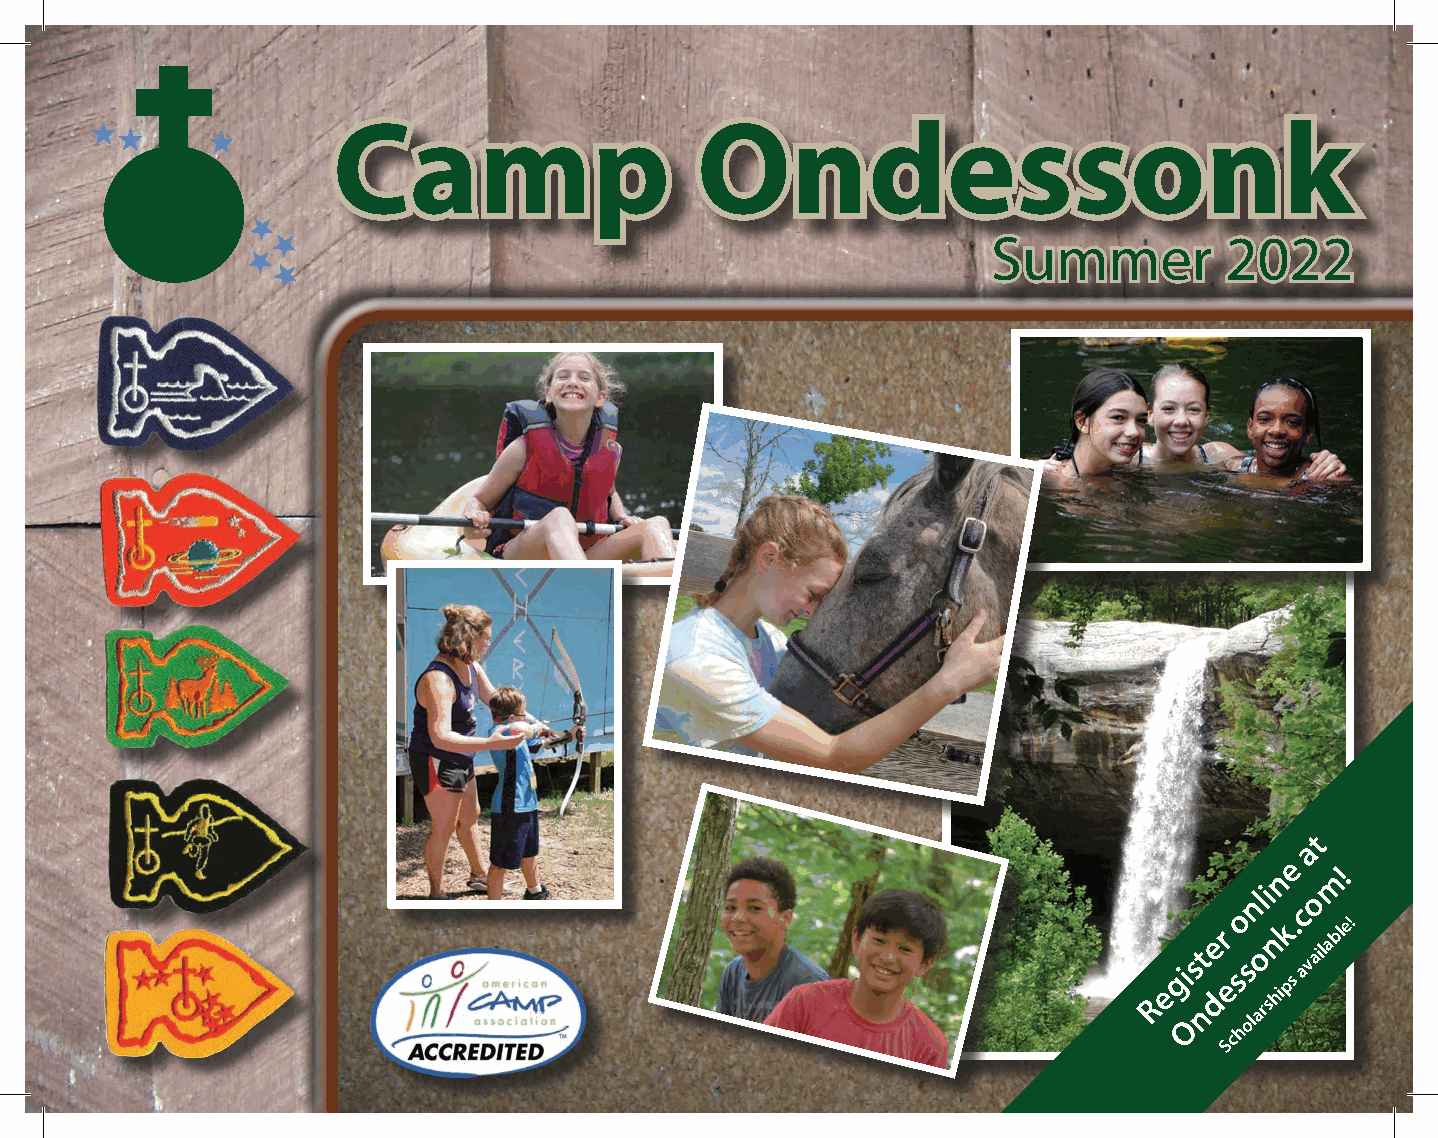
· Large and Small color JPEG (with and without
 Camp Ondessonk below the logo)
 · Large and Small color Gif (with and without Camp Ondessonk
 Camp Ondessonk below the logo)
 · Large and Small color PDF (with and without
 Camp Ondessonk below the logo)
 · Large and Small Greyscale JPEG (with and
 without Camp Ondessonk below the logo)
 · Large and Small Greyscale Gif (with and
 without Camp Ondessonk below the logo)
 · Large and Small Greyscale PDF (with and                         Summer         2022
 without Camp Ondessonk below the logo)
 Camp  Ondessonk
 t
 a
 e
 n   m!
 nli
 o
 er
 o nk.c
 able!
 Regis
 nt desso
 arships
 avail
 O   ol
 h
 Sc